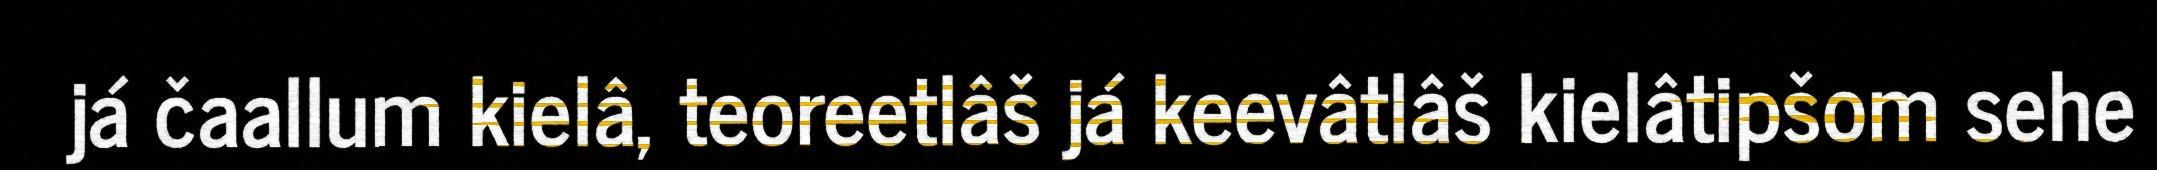
já čaallum kielâ, teoreetlâš já keevâtlâš kielâtipšom sehe